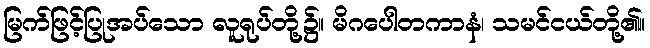
မြက်ဖြင့်ပြုအပ်သော လူရုပ်တို့၌။ မိဂပေါတကာနံ၊ သမင်ငယ်တို့၏။